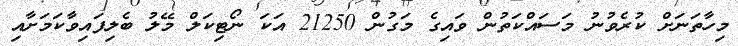
މިހާތަނަށް ކުރެވުނު މަސައްކަތުން ވައިގެ މަގުން 21250 އަކަ ނޯޓިކަލް މޭލު ބެލިފައިވާކަމަށާއި